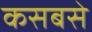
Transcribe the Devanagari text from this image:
कसबसे